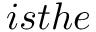
i s t h e